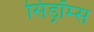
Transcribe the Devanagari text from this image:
सिड्रॉम्स